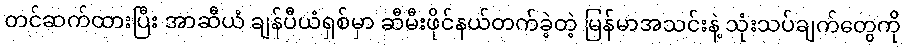
တင်ဆက်ထားပြီး အာဆီယံ ချန်ပီယံရှစ်မှာ ဆီမီးဖိုင်နယ်တက်ခဲ့တဲ့ မြန်မာအသင်းနဲ့ သုံးသပ်ချက်တွေကို